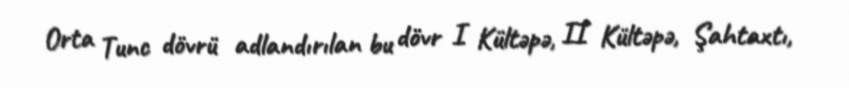
Orta Tunc dövrü adlandırılan bu dövr I Kültəpə, II Kültəpə, Şahtaxtı,